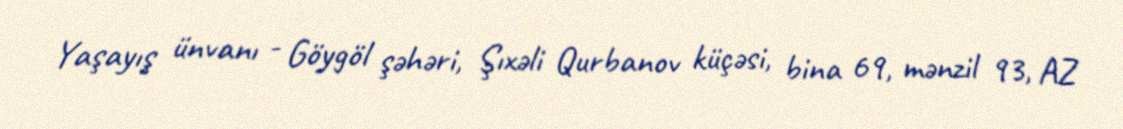
Yaşayış ünvanı - Göygöl şəhəri, Şıxəli Qurbanov küçəsi, bina 69, mənzil 93, AZ